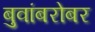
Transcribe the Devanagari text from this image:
बुवांबरोबर